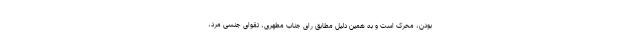
بودن، محرک است و به همین دلیل مطابق رای جناب مطهری، تقوای جنسی مرد،